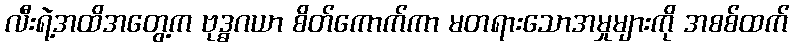
လီးရဲ့အထိအတွေ့က ဗုဒ္ဓဂယာ စိတ်ကောက်ကာ မတရားသောအမှုများကို အစစ်ထက်